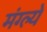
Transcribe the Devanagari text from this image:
मंग्ल्ये